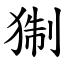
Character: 猘